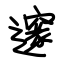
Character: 邃